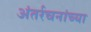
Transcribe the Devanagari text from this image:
अंतर्रचनांच्या